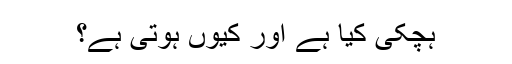
ہچکی کیا ہے اور کیوں ہوتی ہے؟